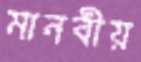
মানবীয়